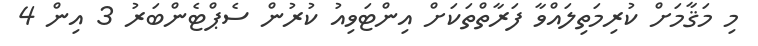
މި މަޤާމަށް ކުރިމަތިލައްވާ ފަރާތްތަކަށް އިންޓަވިއު ކުރުން ސެޕްޓެންބަރު 3 އިން 4